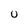
Character: U